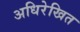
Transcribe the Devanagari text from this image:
अधिरेखित